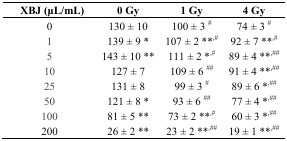
| XBJ (μL/mL) | 0 Gy | 1 Gy | 4 Gy |
 | --- | --- | --- | --- |
 | 0 | 130 ± 10 | 100 ± 3 # | 74 ± 3 # |
 | 1 | 139 ± 9 * | 107 ± 2 **,# | 92 ± 7 **,# |
 | 5 | 143 ± 10 ** | 111 ± 2 *,# | 89 ± 4 **,## |
 | 10 | 127 ± 7 | 109 ± 6 ## | 91 ± 4 **,## |
 | 25 | 131 ± 8 | 99 ± 3 # | 89 ± 6 *,## |
 | 50 | 121 ± 8 * | 93 ± 6 ## | 77 ± 4 *,## |
 | 100 | 81 ± 5 ** | 73 ± 2 **,# | 60 ± 3 *,## |
 | 200 | 26 ± 2 ** | 23 ± 2 **,## | 19 ± 1 **,## |